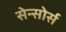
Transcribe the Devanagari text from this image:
सेन्सोर्स